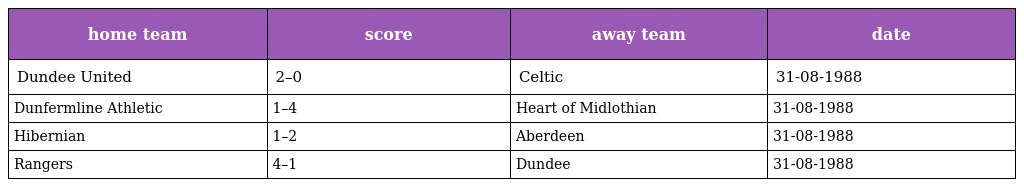
| home team | score | away team | date |
 | --- | --- | --- | --- |
 | Dundee United | 2–0 | Celtic | 31-08-1988 |
 | Dunfermline Athletic | 1–4 | Heart of Midlothian | 31-08-1988 |
 | Hibernian | 1–2 | Aberdeen | 31-08-1988 |
 | Rangers | 4–1 | Dundee | 31-08-1988 |